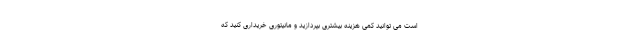
است می توانید کمی هزینه بیشتری بپردازید و مانیتوری خریداری کنید که